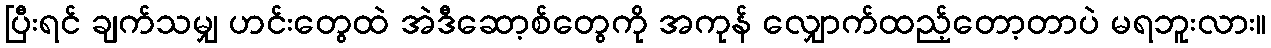
ပြီးရင် ချက်သမျှ ဟင်းတွေထဲ အဲဒီဆော့စ်တွေကို အကုန် လျှောက်ထည့်တော့တာပဲ မရဘူးလား။